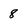
Character: 8